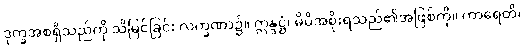
ဒုက္ခအစရှိသည်ကို သိမြင်ခြင်း လက္ခဏာ၌။ ဣန္ဒဋ္ဌံ၊ မိမိအစိုးရသည်၏အဖြစ်ကို။ ကာရေတိ၊